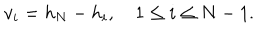
LaTeX: v _ { i } = h _ { N } - h _ { i } , \quad 1 \leq i \leq N - 1 .